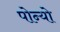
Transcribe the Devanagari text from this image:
पोन्यो